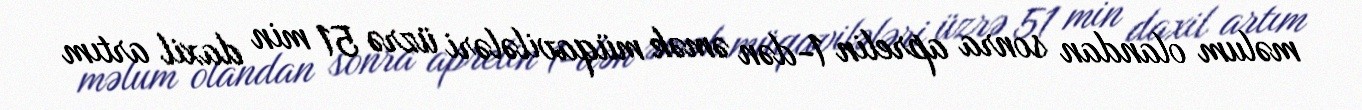
məlum olandan sonra aprelin 1-dən əmək müqavilələri üzrə 51 min daxil artım